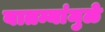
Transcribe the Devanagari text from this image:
बातम्यांमुळे